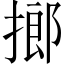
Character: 𢲲